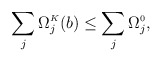
\begin{align*}\sum_{j}\Omega^{\scriptscriptstyle K}_{j}(b) \leq \sum_{j}\Omega^{\scriptscriptstyle 0}_{j},\end{align*}